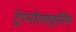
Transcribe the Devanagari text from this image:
ट्रेम्पोलाइनिंग